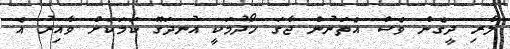
ލާރި ދީގެން ވެސް އެތަނުން ޖާގަ ހޯދުމަކީ އުނދަގޫ ކަމަކަށް ވާއިރު އެ